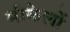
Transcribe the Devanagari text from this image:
मीकेलों